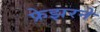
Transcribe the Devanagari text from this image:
फ्रेझरने